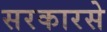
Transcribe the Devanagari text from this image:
सरकारसे